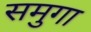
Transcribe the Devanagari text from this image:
समुगा